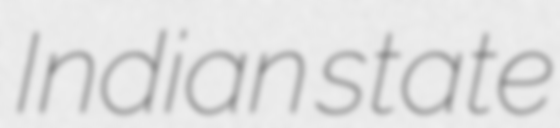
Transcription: Indian state